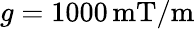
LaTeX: g=1000\, \mathrm{mT/m}